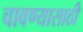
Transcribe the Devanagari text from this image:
चावण्यासाठी